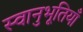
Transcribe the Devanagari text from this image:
स्वानुभूतियाँ